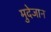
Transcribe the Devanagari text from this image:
मुदेजान